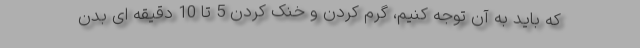
که باید به آن توجه کنیم، گرم کردن و خنک کردن 5 تا 10 دقیقه ای بدن